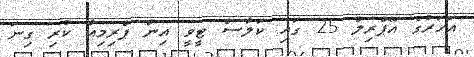
އަހަރުގެ އޭޕްރިލް 25 ގައި ކަލާސް ޓީވީ އިން ޕްރިމިއާ ކުރި ގިނަ